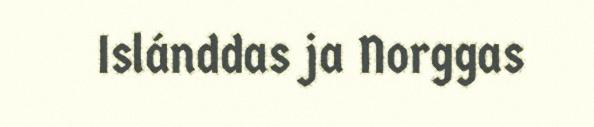
Islánddas ja Norggas